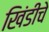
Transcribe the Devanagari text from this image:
खिंडीचे